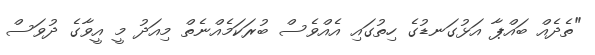
"ތެދެއް ބައްޕާ އަޅުގަނޑުގެ ހިތުގައި އެއްވެސް ބުރަކަމެއްނެތް މިއަދު މީ އީވާގެ ދުވަސް